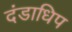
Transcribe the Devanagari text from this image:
दंडाधिप